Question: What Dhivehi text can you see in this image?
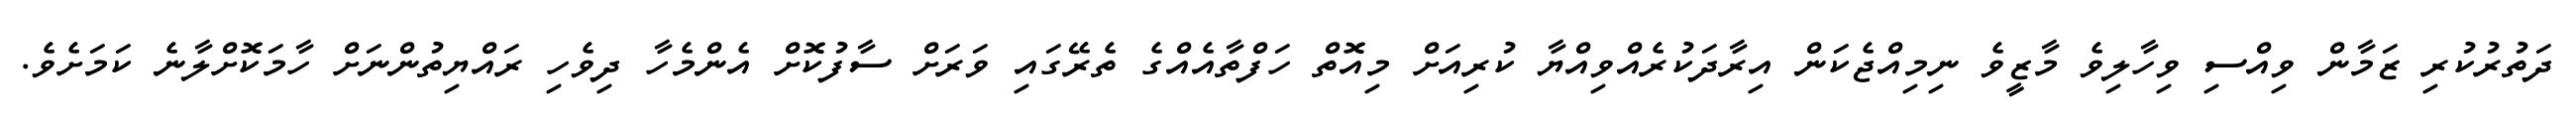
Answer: ދަތުރުކުރި ޒަމާން ވިއްސި ވިހާލިވެ މާޒީވެ ނިމިއްޖެކަން އިރާދަކުރެއްވިއްޔާ ކުރިއަށް މިއޮތް ހަފްތާއެއްގެ ތެރޭގައި ވަރަށް ސާފުކޮށް އެންމެހާ ދިވެހި ރައްޔިތުންނަށް ހާމަކޮށްލާނެ ކަމަށެވެ.